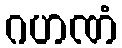
ဂဟဏံ